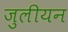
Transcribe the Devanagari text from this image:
जुलीयन